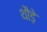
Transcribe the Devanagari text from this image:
थौड़े